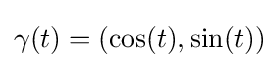
\gamma (t)=(\cos(t),\sin(t))